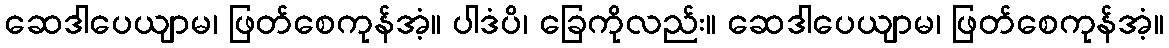
ဆေဒါပေယျာမ၊ ဖြတ်စေကုန်အံ့။ ပါဒံပိ၊ ခြေကိုလည်း။ ဆေဒါပေယျာမ၊ ဖြတ်စေကုန်အံ့။